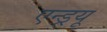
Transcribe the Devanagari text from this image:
एन्‍ड्रयू